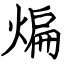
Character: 煸